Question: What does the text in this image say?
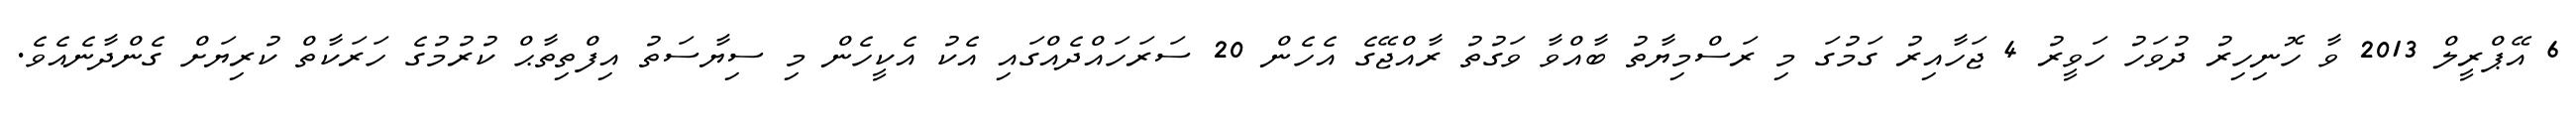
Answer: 6 އޭޕްރީލް 2013 ވާ ހޮނިހިރު ދުވަހު ހަވީރު 4 ޖަހާއިރު ގަމުގަ މި ރަސްމިޔާތު ބާއްވާ ވަގުތު ރާއްޖޭގެ އެހެން 20 ސަރަހައްދެއްގައި އެކު އެކީހެން މި ސިޔާސަތު އިފްތިތާޙް ކުރުމުގެ ހަރަކާތް ކުރިޔަށް ގެންދާނެއެވެ.